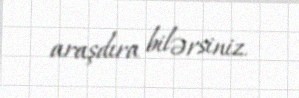
araşdıra bilərsiniz.